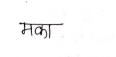
मजकूर: मका